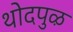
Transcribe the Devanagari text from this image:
थोदपुऴ